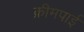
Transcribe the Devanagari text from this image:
क्रीमपाई